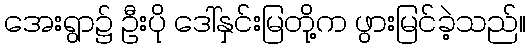
အေးရွာ၌ ဦးပို ဒေါ်နှင်းမြတို့က ဖွားမြင်ခဲ့သည်။